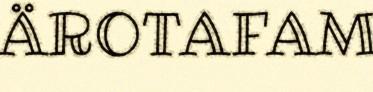
ÄROTAFAM